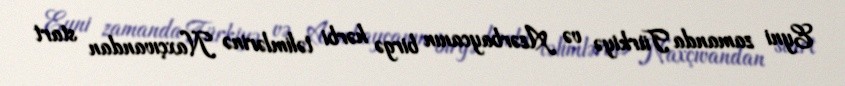
Eyni zamanda Türkiyə və Azərbaycanın birgə hərbi təlimlərinə Naxçıvandan start